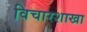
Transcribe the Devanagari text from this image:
विचारशाखा